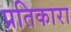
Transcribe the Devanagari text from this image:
प्रतिकारा